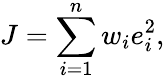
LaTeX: J=\sum_{i=1}^{n}w_{i}e_{i}^{2},